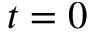
t = 0